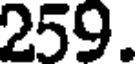
259.